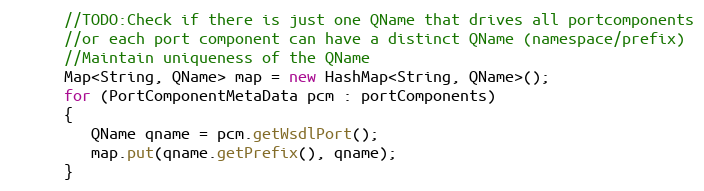
Language: Java
      //TODO:Check if there is just one QName that drives all portcomponents
      //or each port component can have a distinct QName (namespace/prefix)
      //Maintain uniqueness of the QName
      Map<String, QName> map = new HashMap<String, QName>();
      for (PortComponentMetaData pcm : portComponents)
      {
         QName qname = pcm.getWsdlPort();
         map.put(qname.getPrefix(), qname);
      }